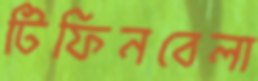
টিফিনবেলা